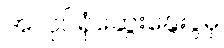
အလုပ်ရုံဆွေးနွေးပွဲမှ